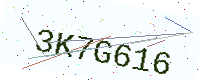
Text: 3K7G616